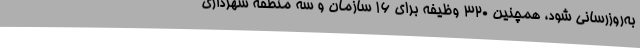
به‌روزرسانی شود، همچنین 320 وظیفه برای 16 سازمان و سه منطقه شهرداری